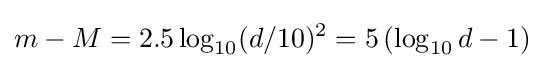
m-M=2.5\log _{10}(d/10)^{2}=5\left(\log _{10}d-1\right)